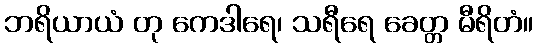
ဘရိယာယံ တု ကေဒါရေ၊ သရီရေ ခေတ္တ မီရိတံ။